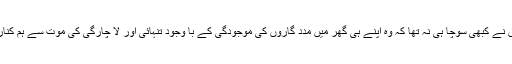
یہ تو اس نے کبھی سوچا ہی نہ تھا کہ وہ اپنے ہی گھر میں مدد گاروں کی موجودگی کے با وجود تنہائی اور لا چارگی کی موت سے ہم کنار ہو گی۔